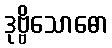
ဒုဗ္ဗိသောဓော